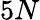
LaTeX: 5N